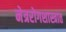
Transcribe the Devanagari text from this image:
नेत्ररोगशास्त्रात